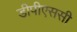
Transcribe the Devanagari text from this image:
डीपीएससी